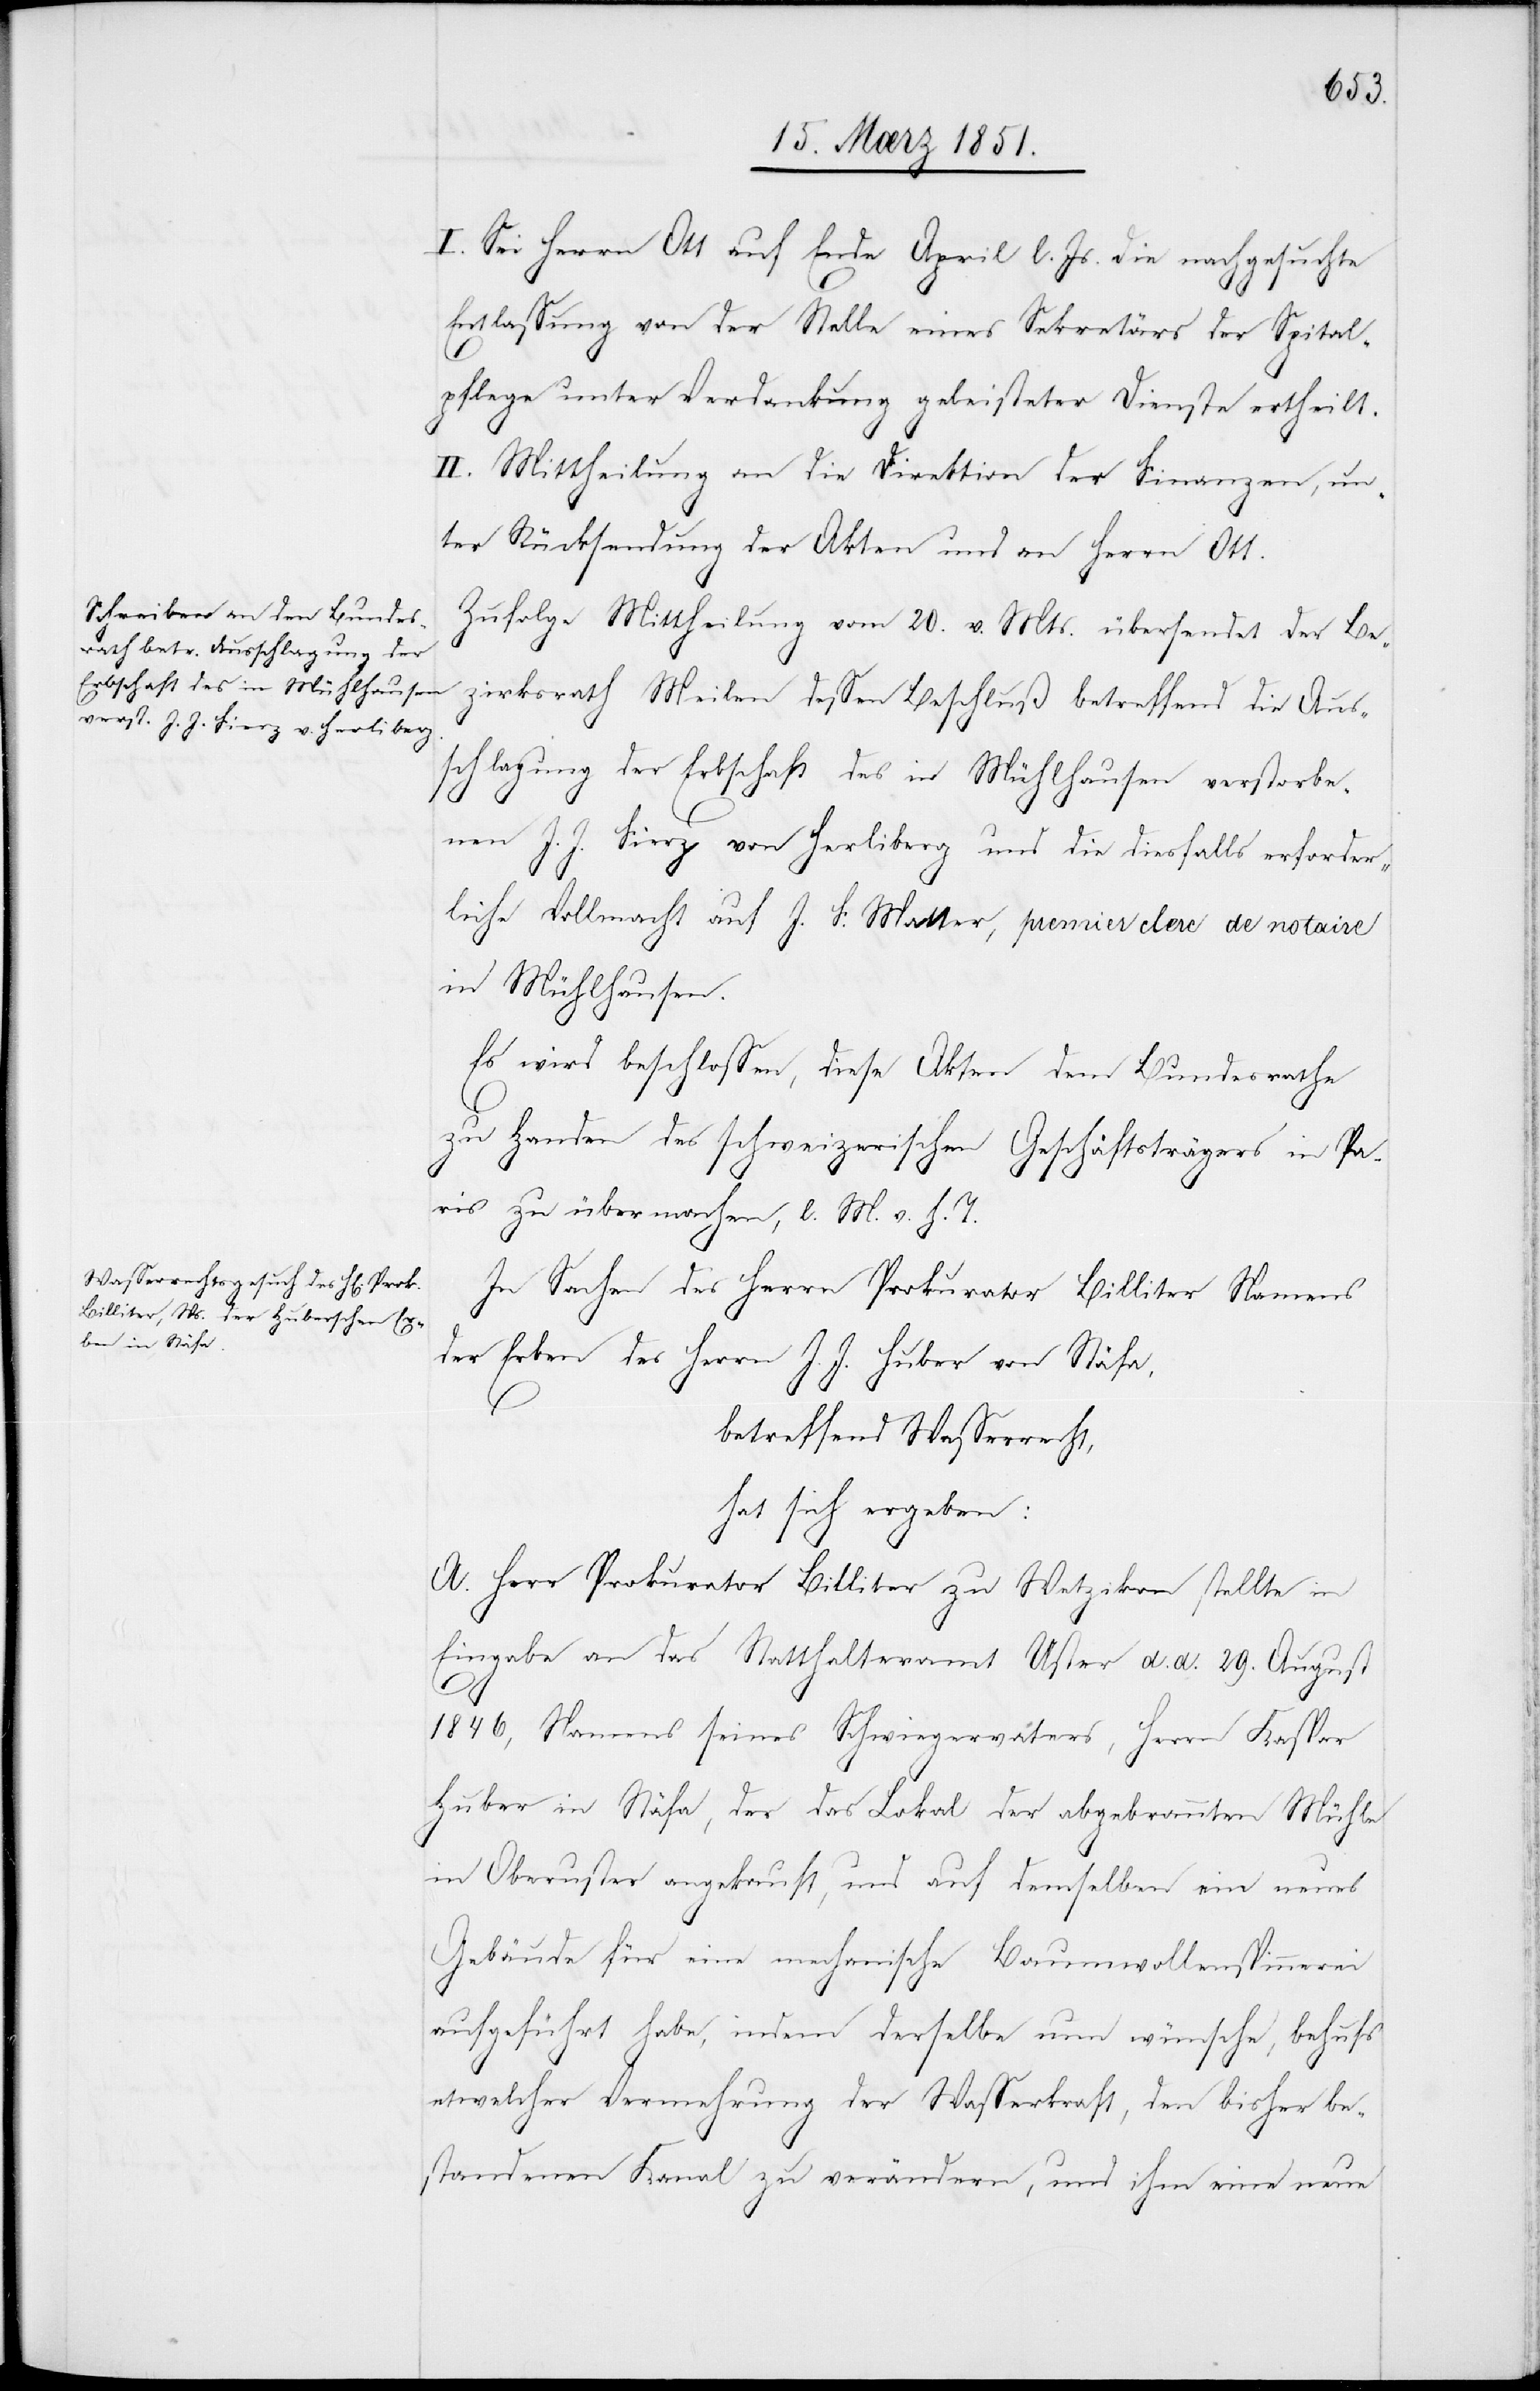
I. Sei Herrn Ott auf Ende April l. Js. die nachgesuchte
Entlassung von der Stelle eines Sekretärs der Spital¬
pflege unter Verdankung geleisteter Dienste ertheilt.
II. Mittheilung an die Direktion der Finanzen, un¬
ter Rücksendung der Akten und an Herrn Ott.
Zufolge Mittheilung vom 20. v. Mts. übersendet der Be¬
zirksrath Meilen dessen Beschluß betreffend die Aus¬
schlagung der Erbschaft des in Mühlhausen verstorbe¬
nen J. J. Fierz von Her[r]liberg und die diesfalls erforder¬
liche Vollmacht auf J. F. Matter, premier clerc de notaire
in Mühlhausen.
Es wird beschlossen, diese Akten dem Bundesrathe
zu Handen des schweizerischen Geschäftsträgers in Pa¬
ris zu übermachen, l. M. v. h. T.
In Sachen des Herrn Prokurator Billiter Namens
der Erben des Herrn J. J. Huber von Stäfa,
betreffend Wasserrecht,
hat sich ergeben:
A. Herr Prokurator Billiter zu Wetzikon stellte in
Eingabe an das Statthalteramt Uster d. d. 29. August
1846, Namens seines Schwiegervaters, Herrn Kaspar
Huber in Stäfa, der das Lokal der abgebrannten Mühle
in Oberuster angekauft, und auf demselben ein neues
Gebäude für eine mechanische Baumwollenspinnerei
aufgeführt habe, indem derselbe nun wünsche, behufs
etwelcher Vermehrung der Wasserkraft, den bisher be¬
standenen Kanal zu verändern, und ihm eine neue